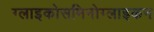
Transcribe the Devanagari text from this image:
ग्लाइकोसमिनोग्लाइकन